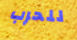
للحرب